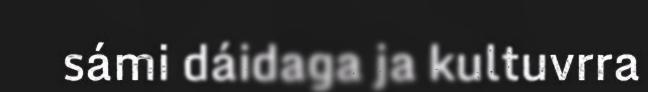
sámi dáidaga ja kultuvrra